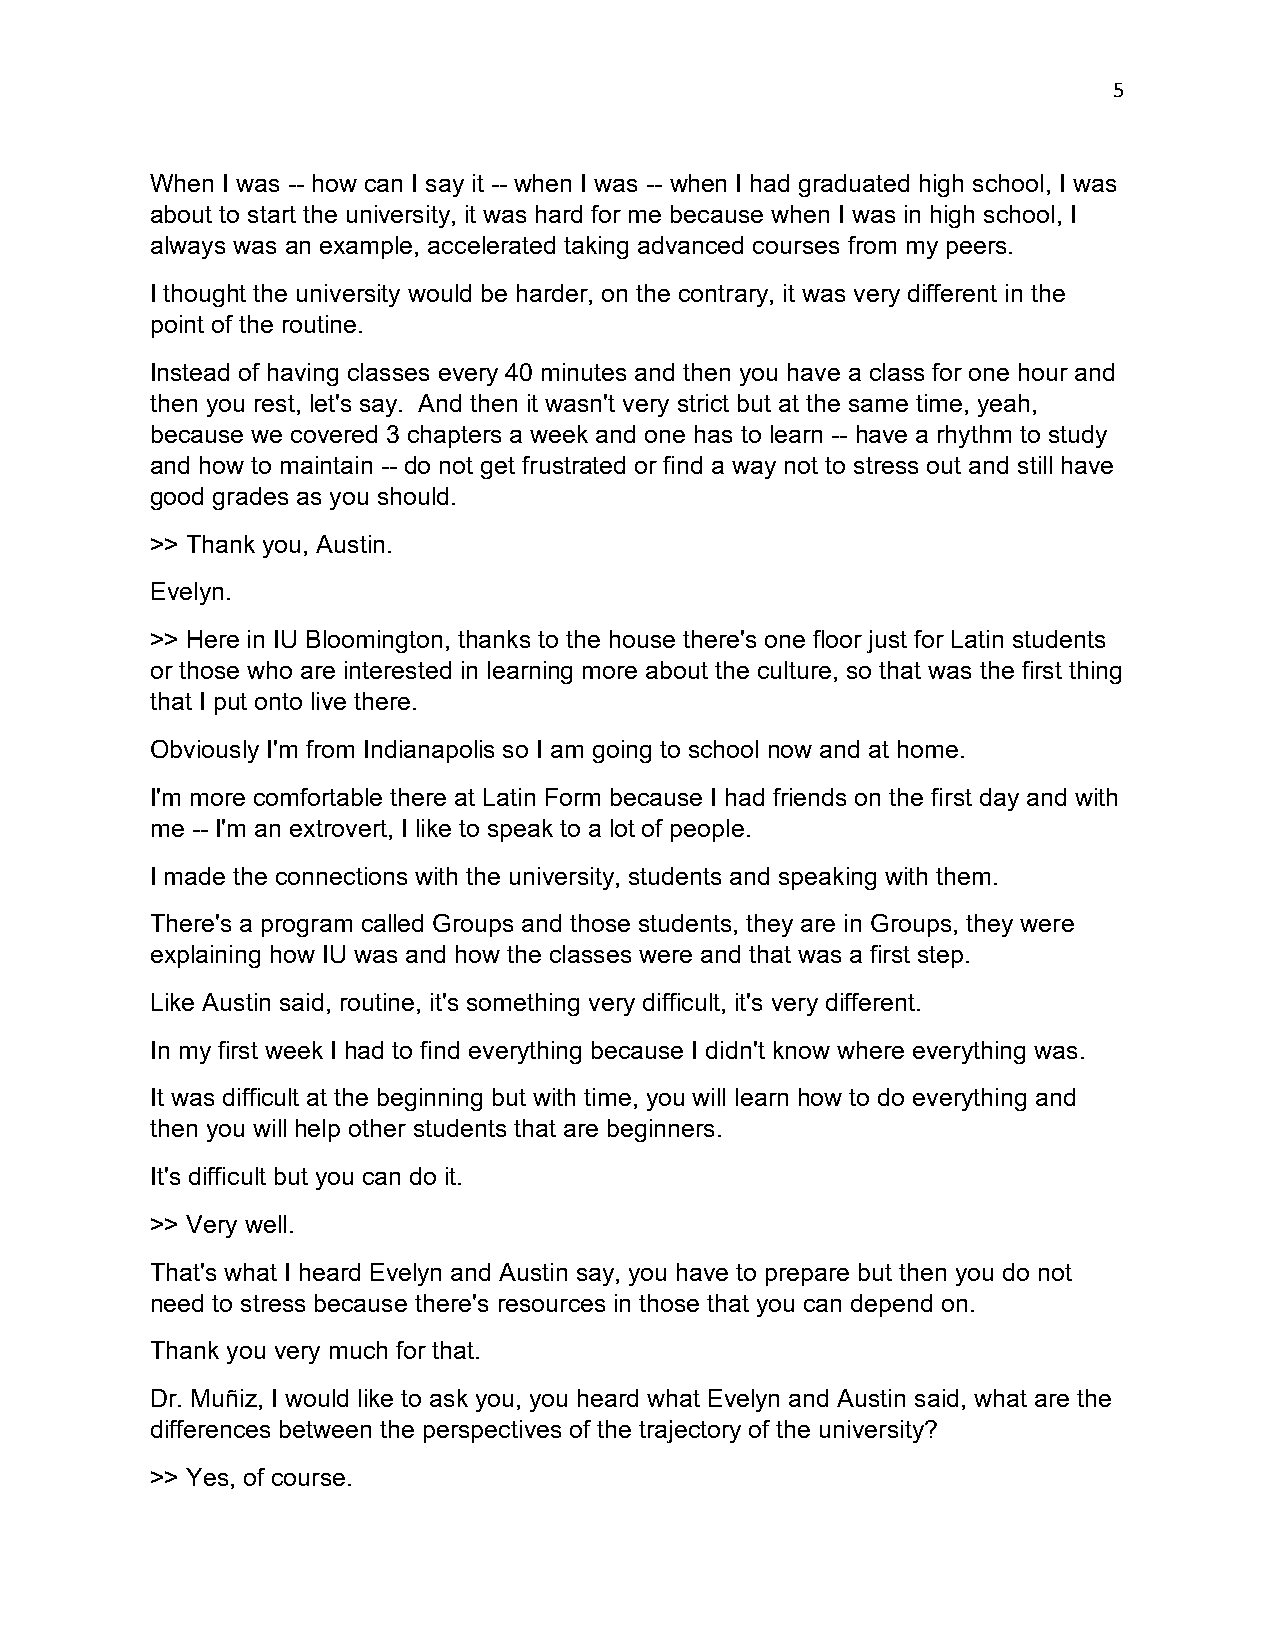
5
 When I was -- how can I say it -- when I was -- when I had graduated high school, I was
 about to start the university, it was hard for me because when I was in high school, I
 always was an example, accelerated taking advanced courses from my peers.
 I thought the university would be harder, on the contrary, it was very different in the
 point of the routine.
 Instead of having classes every 40 minutes and then you have a class for one hour and
 then you rest, let's say. And then it wasn't very strict but at the same time, yeah,
 because we covered 3 chapters a week and one has to learn -- have a rhythm to study
 and how to maintain -- do not get frustrated or find a way not to stress out and still have
 good grades as you should.
 >> Thank you, Austin.
 Evelyn.
 >> Here in IU Bloomington, thanks to the house there's one floor just for Latin students
 or those who are interested in learning more about the culture, so that was the first thing
 that I put onto live there.
 Obviously I'm from Indianapolis so I am going to school now and at home.
 I'm more comfortable there at Latin Form because I had friends on the first day and with
 me -- I'm an extrovert, I like to speak to a lot of people.
 I made the connections with the university, students and speaking with them.
 There's a program called Groups and those students, they are in Groups, they were
 explaining how IU was and how the classes were and that was a first step.
 Like Austin said, routine, it's something very difficult, it's very different.
 In my first week I had to find everything because I didn't know where everything was.
 It was difficult at the beginning but with time, you will learn how to do everything and
 then you will help other students that are beginners.
 It's difficult but you can do it.
 >> Very well.
 That's what I heard Evelyn and Austin say, you have to prepare but then you do not
 need to stress because there's resources in those that you can depend on.
 Thank you very much for that.
 Dr. Muñiz, I would like to ask you, you heard what Evelyn and Austin said, what are the
 differences between the perspectives of the trajectory of the university?
 >> Yes, of course.